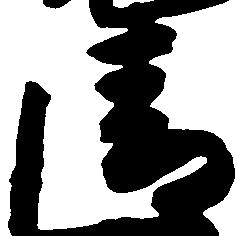
清